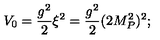
V _ { 0 } = \frac { g ^ { 2 } } 2 \xi ^ { 2 } = \frac { g ^ { 2 } } 2 ( 2 M _ { P } ^ { 2 } ) ^ { 2 } ;